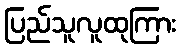
ပြည်သူလူထုကြား